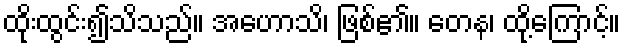
ထိုးထွင်း၍သိသည်။ အဟောသိ၊ ဖြစ်၏။ တေန၊ ထို့ကြောင့်။